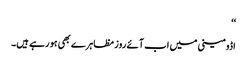
‘‘
اڈومینی میں اب آئے روز مظاہرے بھی ہو رہے ہیں۔